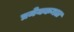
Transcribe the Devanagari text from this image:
प्रमेयकमल